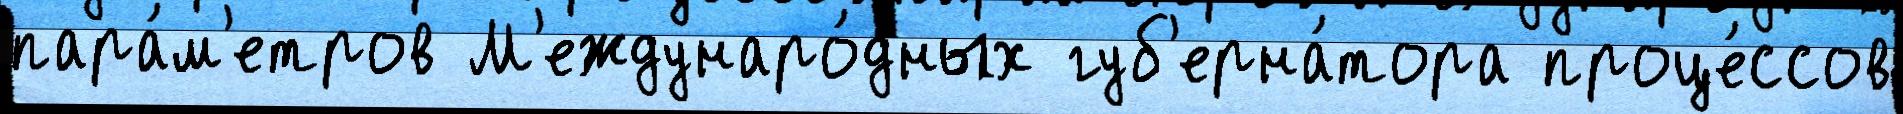
пара́м'етров М'еждунаро́дных губ'ерна́тора проце́ссов